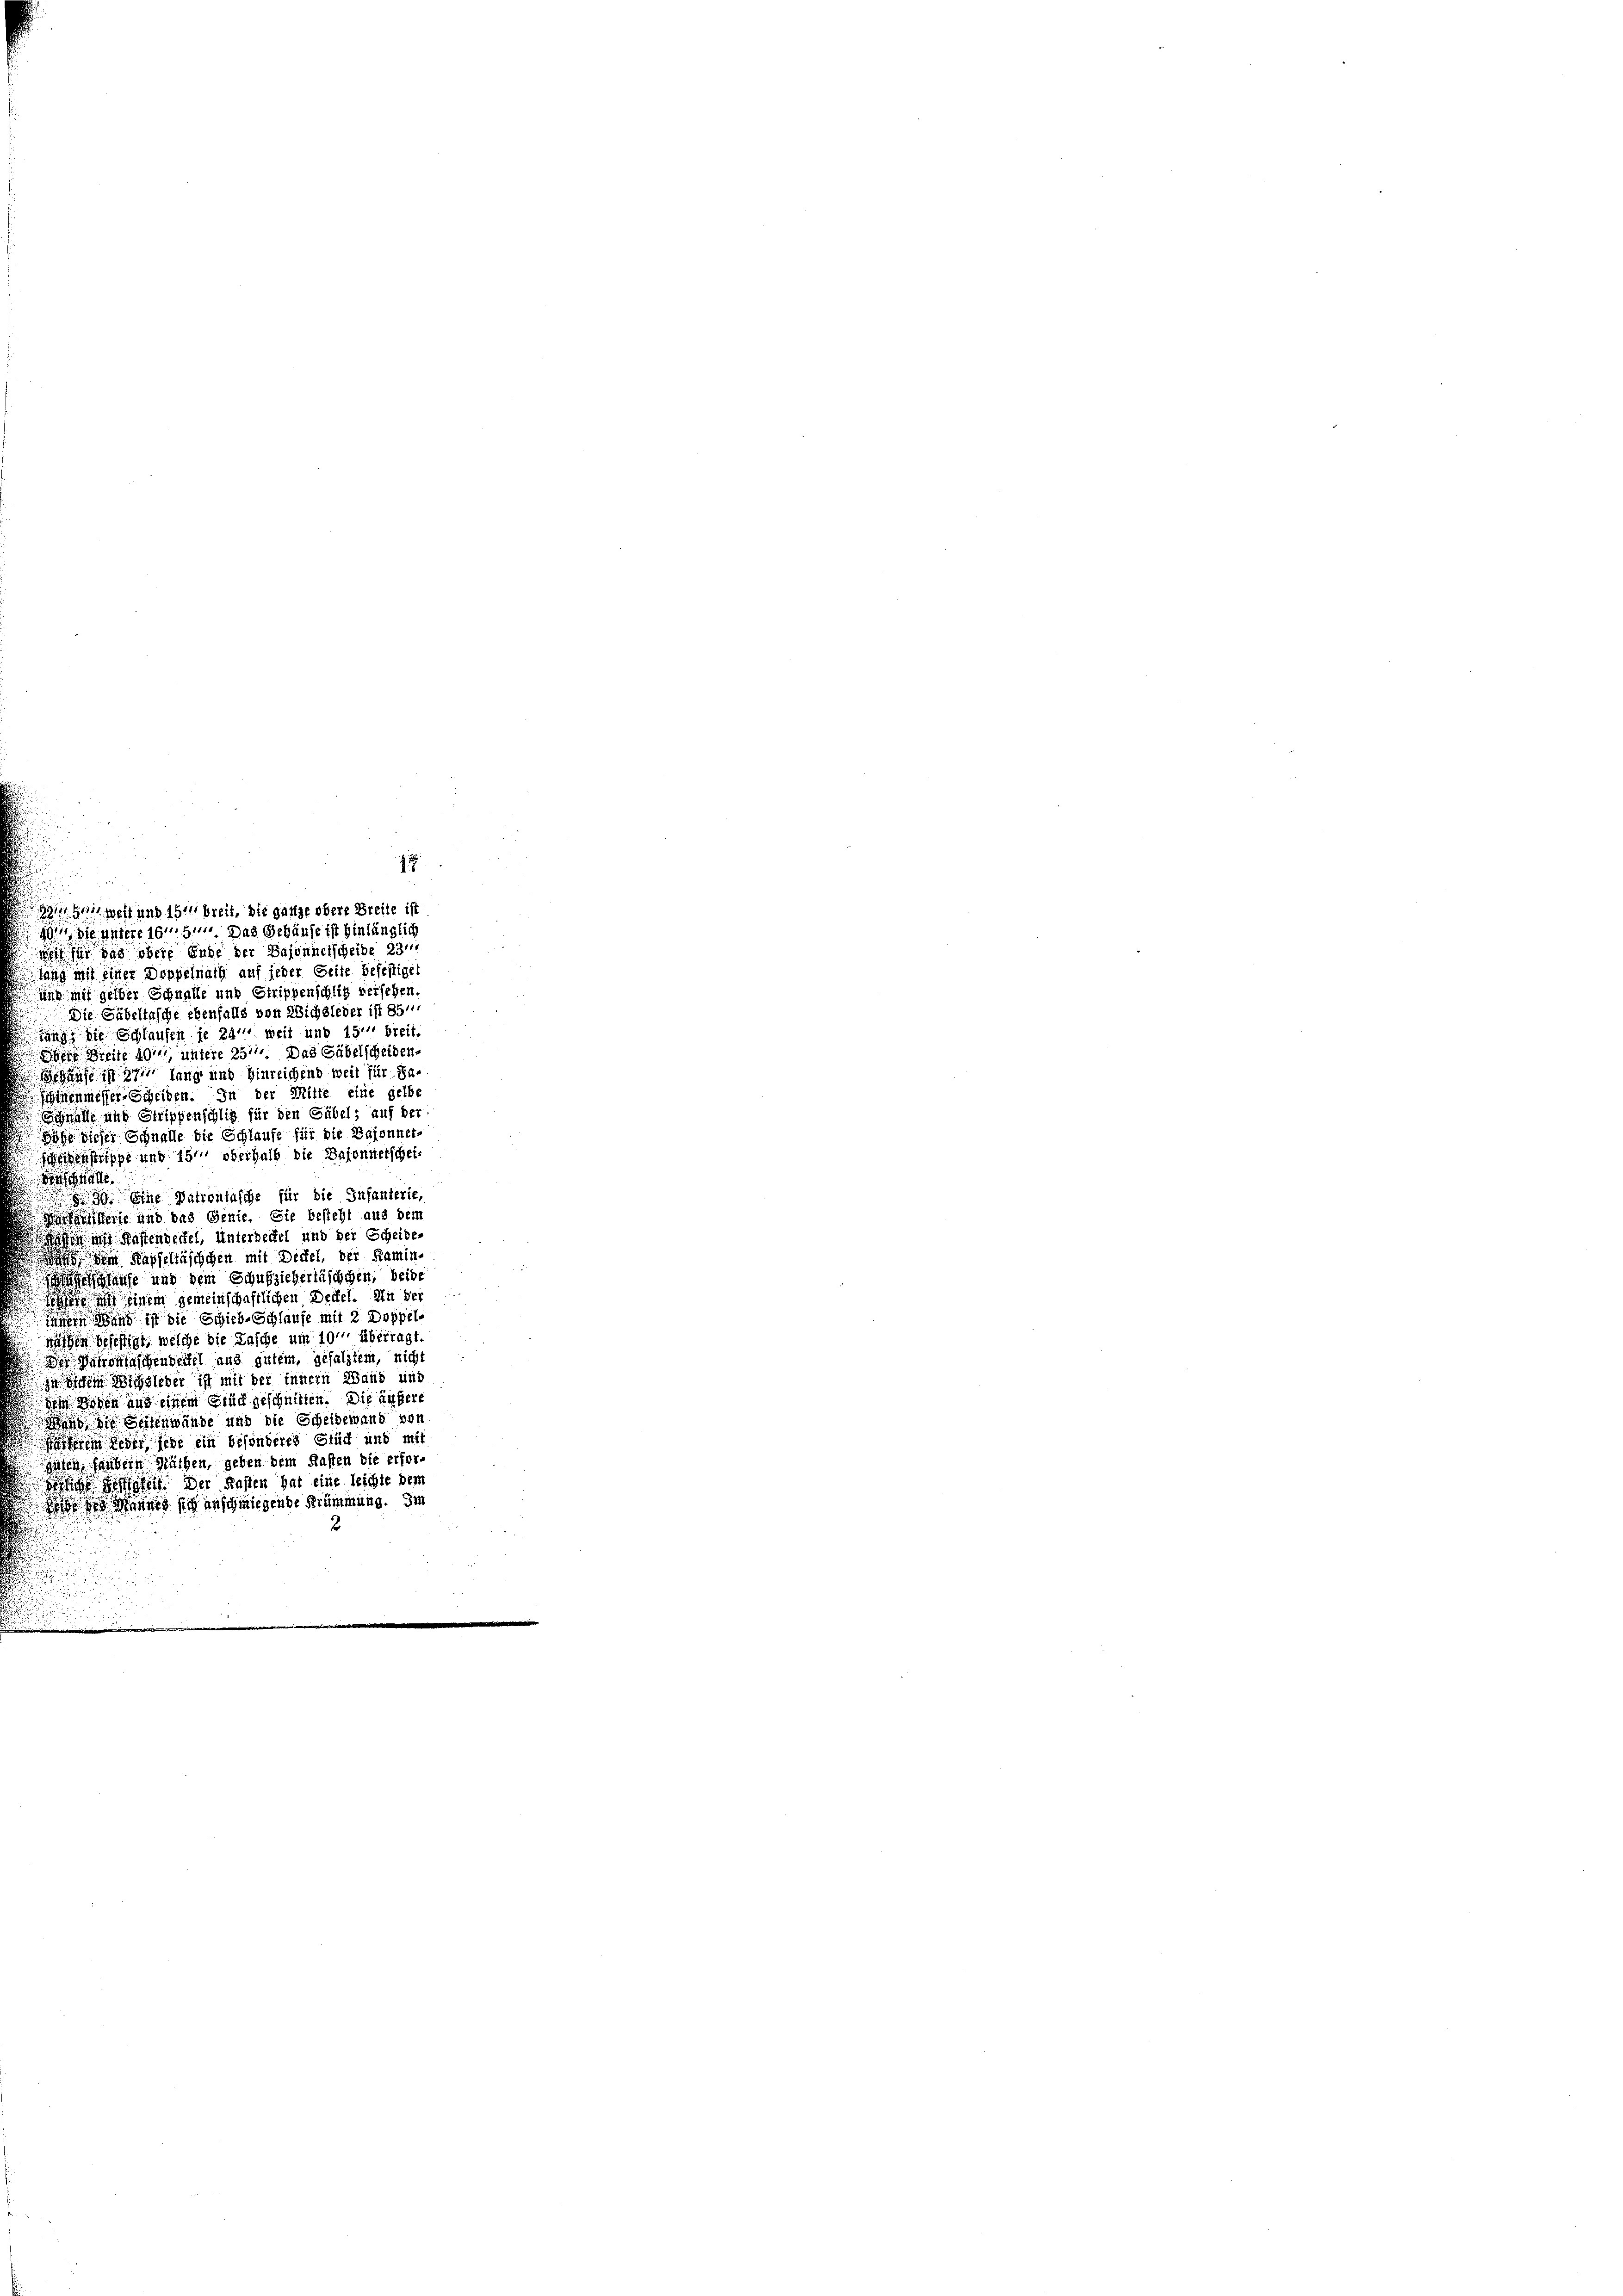
1881 geheft und ihr breit, die ganze obere Breite ist
49. Die untere 1844. Das Gehäuse ist hinlänglich
i für das obere Ende der Bajonnelscheibe 231
tang mit einer Doppelnath auf jeder Seite befestiget
ind mit gelber Schnelle und Strippenschlig versehen.
Die Säbeltasche ebenfalls von Wichsleder ist 85
zung, die Schlaufen je 24 weit und 15. breit.
ere Breite 49 untere 257. Das Säbelscheiden
Schärfe ist zu lang und hinreichend weit für da
ienmesser-Scheiden. In der Mitte eine gelbe
älle und Strippenschlig für den Säbel, auf der
öhe dieser Schnalle die Schlaufe für die Bajonner-
srippe und 15t oberhalb die Dasonnetscheie
39. Eine Patrontasche für die Infanterie,
ferie und das Genie. Sie besteht aus der
sin in Kastendertel, Unterdeckel und der Scheide-
 Kapseltäschchen mit Deckel, der Kamin-
echhause und dem Schulzieherläschchen, beide
  einem gemeinschaftlichen Deckel. In der
nung ist die Schieb-Schlaufe mit 2 Doppelen befestigt, welche die Tasche um 10. überragt
des Matronischenderfel aus gutem, gesalztem, nicht
ichen Wichsleber ist mit der innern Wand unt
 Wesen und einem Sind geschnitten. Die äußere
Wenn die Beisenwände und die Scheidewand von
feren lieber jede ein besonderes Stück und mit
guten, fandern Näthen, geben dem Kasten die erforesich heftigkeit. Der Kasten hat eine leichte den
 d er sich anschwiegende Krümmung. Im
2